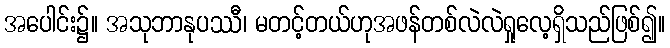
အပေါင်း၌။ အသုဘာနုပဿီ၊ မတင့်တယ်ဟုအဖန်တစ်လဲလဲရှုလေ့ရှိသည်ဖြစ်၍။